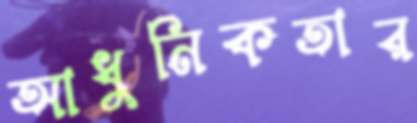
আধুনিকতার